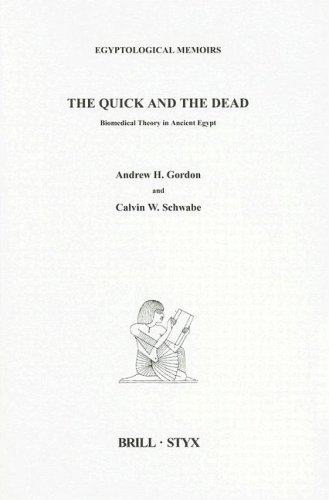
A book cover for The Quick And The Dead: Biomedical Theory In Ancient Egypt (Egyptological Memoirs); Andrew H. Gordon; Religion & Spirituality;